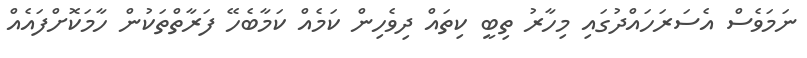
ނަމަވެސް އެސަަރަހައްދުގައި މިހާރު ތިބީ ކިތައް ދިވެހިން ކަމެއް ކަމާބެހޭ ފަރާތްތަކުން ހާމަކޮށްފައެއް